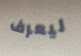
ليعرف